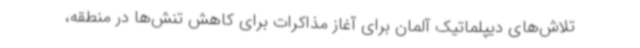
تلاش‌های دیپلماتیک آلمان برای آغاز مذاکرات برای کاهش تنش‌ها در منطقه،